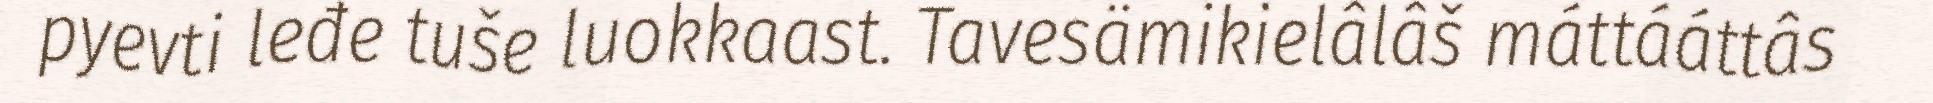
pyevti leđe tuše luokkaast. Tavesämikielâlâš máttááttâs